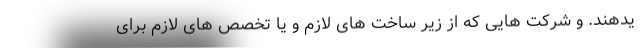
یدهند. و شرکت هایی که از زیر ساخت های لازم و یا تخصص های لازم برای